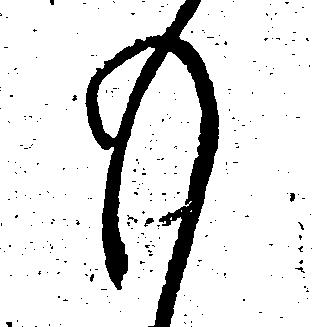
も